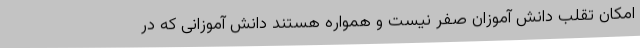
امکان تقلب دانش آموزان صفر نیست و همواره هستند دانش آموزانی که در